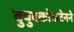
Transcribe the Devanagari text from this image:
बुयुक्कोकटेनने